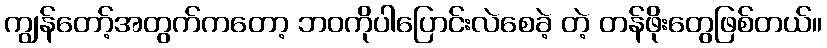
ကျွန်တော့်အတွက်ကတော့ ဘဝကိုပါပြောင်းလဲစေခဲ့ တဲ့ တန်ဖိုးတွေဖြစ်တယ်။